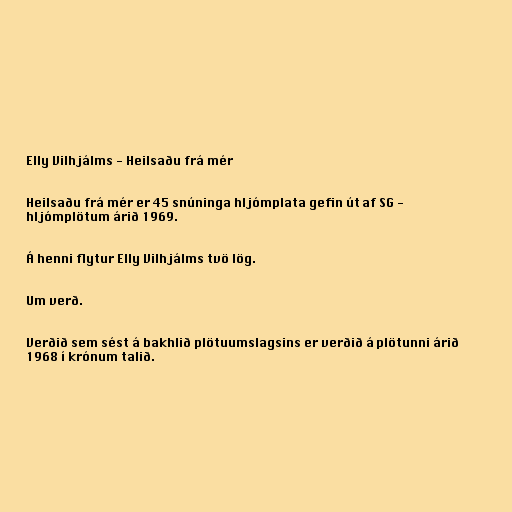
Elly Vilhjálms - Heilsaðu frá mér

Heilsaðu frá mér er 45 snúninga hljómplata gefin út af SG -
hljómplötum árið 1969.

Á henni flytur Elly Vilhjálms tvö lög.

Um verð.

Verðið sem sést á bakhlið plötuumslagsins er verðið á plötunni árið
1968 í krónum talið.